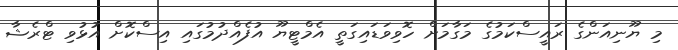
މި ޔޫނިއަންގެ ރައީސްކަމުގެ މަގާމަށް ހޮވިވަޑައިގަތީ އެމްޓީޔޫ އުފެއްދުމުގައި އިސްކޮށް އުޅުވި ޓްރެޝާ